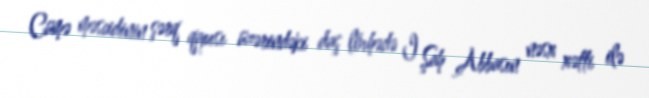
Cümə məscidinin şərq qapısı üzərindəki daş lövhədə I Şah Abbasın nəsx xətti ilə